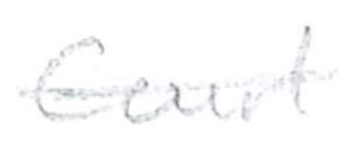
Text: Court
Cross-out: single-line
Writing tool: pencil